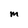
Character: m